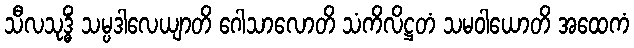
သီလသုဒ္ဓိံ သမ္ပဒါလေယျာတိ ဂေါသာလောတိ သံကိလိဋ္ဌတံ သမဝါယောတိ အထေကံ